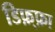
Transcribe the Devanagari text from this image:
डिफ़्फ़ा